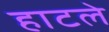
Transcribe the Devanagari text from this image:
हाटले